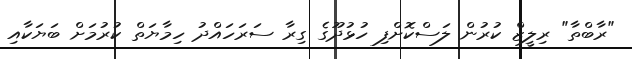
"ރާބްތާ" ރިލީޒް ކުރުން ލަސްކޮށްފި ހުޅުދޫގެ ގިރާ ސަރަހައްދު ހިމާޔަތް ކުރުމަށް ބަޔަކާއި